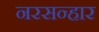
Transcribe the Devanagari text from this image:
नरसन्हार